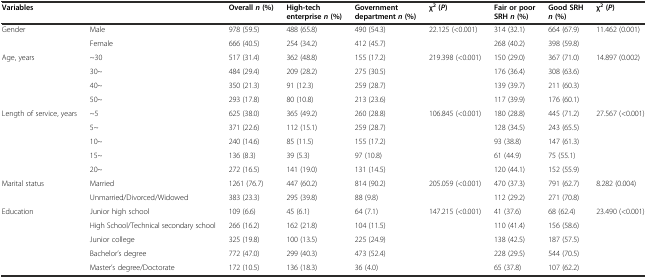
<table><thead><tr><td colspan="2"><b>Variables</b></td><td><b>Overall <i>n</i>(%)</b></td><td><b>High-tech enterprise <i>n</i>(%)</b></td><td><b>Government department <i>n</i>(%)</b></td><td><b>χ<sup>2</sup> ( <i>P</i>)</b></td><td><b>Fair or poor SRH <i>n</i>(%)</b></td><td><b>Good SRH <i>n</i>(%)</b></td><td><b>χ<sup>2</sup> ( <i>P</i>)</b></td></tr></thead><tbody><tr><td>Gender</td><td>Male</td><td>978 (59.5)</td><td>488 (65.8)</td><td>490 (54.3)</td><td>22.125 (&lt;0.001)</td><td>314 (32.1)</td><td>664 (67.9)</td><td>11.462 (0.001)</td></tr><tr><td></td><td>Female</td><td>666 (40.5)</td><td>254 (34.2)</td><td>412 (45.7)</td><td></td><td>268 (40.2)</td><td>398 (59.8)</td><td></td></tr><tr><td>Age, years</td><td>~30</td><td>517 (31.4)</td><td>362 (48.8)</td><td>155 (17.2)</td><td>219.398 (&lt;0.001)</td><td>150 (29.0)</td><td>367 (71.0)</td><td>14.897 (0.002)</td></tr><tr><td></td><td>30~</td><td>484 (29.4)</td><td>209 (28.2)</td><td>275 (30.5)</td><td></td><td>176 (36.4)</td><td>308 (63.6)</td><td></td></tr><tr><td></td><td>40~</td><td>350 (21.3)</td><td>91 (12.3)</td><td>259 (28.7)</td><td></td><td>139 (39.7)</td><td>211 (60.3)</td><td></td></tr><tr><td></td><td>50~</td><td>293 (17.8)</td><td>80 (10.8)</td><td>213 (23.6)</td><td></td><td>117 (39.9)</td><td>176 (60.1)</td><td></td></tr><tr><td>Length of service, years</td><td>~5</td><td>625 (38.0)</td><td>365 (49.2)</td><td>260 (28.8)</td><td>106.845 (&lt;0.001)</td><td>180 (28.8)</td><td>445 (71.2)</td><td>27.567 (&lt;0.001)</td></tr><tr><td></td><td>5~</td><td>371 (22.6)</td><td>112 (15.1)</td><td>259 (28.7)</td><td></td><td>128 (34.5)</td><td>243 (65.5)</td><td></td></tr><tr><td></td><td>10~</td><td>240 (14.6)</td><td>85 (11.5)</td><td>155 (17.2)</td><td></td><td>93 (38.8)</td><td>147 (61.3)</td><td></td></tr><tr><td></td><td>15~</td><td>136 (8.3)</td><td>39 (5.3)</td><td>97 (10.8)</td><td></td><td>61 (44.9)</td><td>75 (55.1)</td><td></td></tr><tr><td></td><td>20~</td><td>272 (16.5)</td><td>141 (19.0)</td><td>131 (14.5)</td><td></td><td>120 (44.1)</td><td>152 (55.9)</td><td></td></tr><tr><td>Marital status</td><td>Married</td><td>1261 (76.7)</td><td>447 (60.2)</td><td>814 (90.2)</td><td>205.059 (&lt;0.001)</td><td>470 (37.3)</td><td>791 (62.7)</td><td>8.282 (0.004)</td></tr><tr><td></td><td>Unmarried/Divorced/Widowed</td><td>383 (23.3)</td><td>295 (39.8)</td><td>88 (9.8)</td><td></td><td>112 (29.2)</td><td>271 (70.8)</td><td></td></tr><tr><td>Education</td><td>Junior high school</td><td>109 (6.6)</td><td>45 (6.1)</td><td>64 (7.1)</td><td>147.215 (&lt;0.001)</td><td>41 (37.6)</td><td>68 (62.4)</td><td>23.490 (&lt;0.001)</td></tr><tr><td></td><td>High School/Technical secondary school</td><td>266 (16.2)</td><td>162 (21.8)</td><td>104 (11.5)</td><td></td><td>110 (41.4)</td><td>156 (58.6)</td><td></td></tr><tr><td></td><td>Junior college</td><td>325 (19.8)</td><td>100 (13.5)</td><td>225 (24.9)</td><td></td><td>138 (42.5)</td><td>187 (57.5)</td><td></td></tr><tr><td></td><td>Bachelor’s degree</td><td>772 (47.0)</td><td>299 (40.3)</td><td>473 (52.4)</td><td></td><td>228 (29.5)</td><td>544 (70.5)</td><td></td></tr><tr><td></td><td>Master’s degree/Doctorate</td><td>172 (10.5)</td><td>136 (18.3)</td><td>36 (4.0)</td><td></td><td>65 (37.8)</td><td>107 (62.2)</td><td></td></tr></tbody></table>